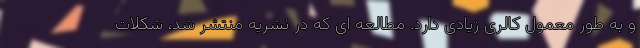
و به طور معمول کالری زیادی دارد. مطالعه ای که در نشریه منتشر شد، شکلات